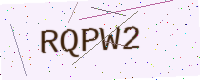
Text: RQPW2